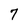
Character: 7